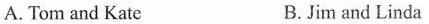
A.Tom and Kate B.Jim and Linda